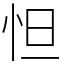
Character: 怛